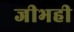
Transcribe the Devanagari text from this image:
जीभही